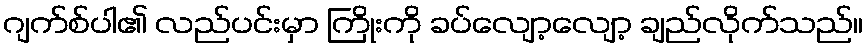
ဂျက်စ်ပါ၏ လည်ပင်းမှာ ကြိုးကို ခပ်လျော့လျော့ ချည်လိုက်သည်။